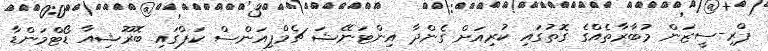
ޕްރި-ސީޒަން މުބާރާތެއްގެ ގޮތުގައި ކުރިއަށް ގެންދާ އިންޓަނޭޝަ ޗެމްޕިއަންސް ކަޕްގައި ބޮރޫޝިއާ ޑޯޓްމަންޑާ